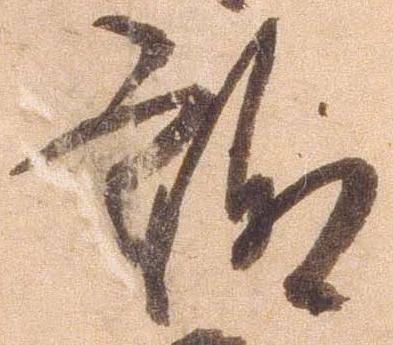
趣